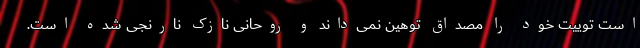
است توییت خود را مصداق توهین نمی‌داند و روحانی نازک نارنجی شده است.